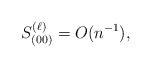
LaTeX: \begin{align*}S_{(00)}^{(\ell)} = O(n^{-1}), \end{align*}